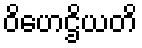
ဝိဟေဌိယတိ